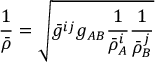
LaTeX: \frac { 1 } { \bar { \rho } } = \sqrt { \bar { g } ^ { i j } g _ { A B } \frac { 1 } { \bar { \rho } _ { A } ^ { i } } \frac { 1 } { \bar { \rho } _ { B } ^ { j } } }